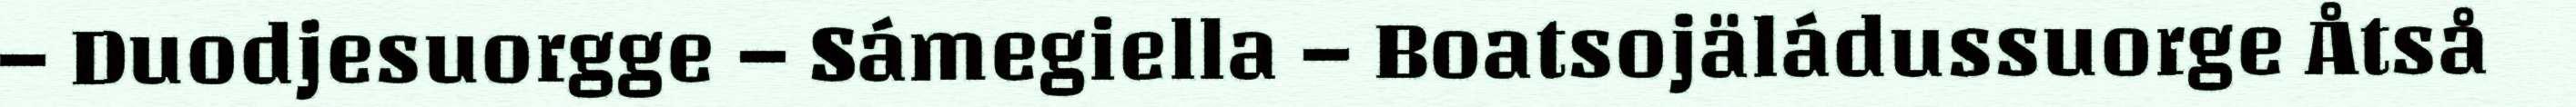
– Duodjesuorgge – Sámegiella – Boatsojäládussuorge Åtså